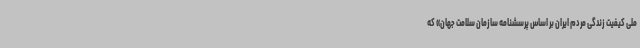
ملی کیفیت زندگی مردم ایران بر اساس پرسشنامه سازمان سلامت جهان» که